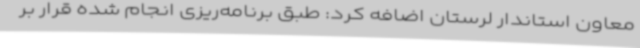
معاون استاندار لرستان اضافه کرد: طبق برنامه‌ریزی انجام شده قرار بر